Annual report on the Civil Veterinary Department, Burma (including the Insein Veterinary School) - 1932-1941
Year: 1932
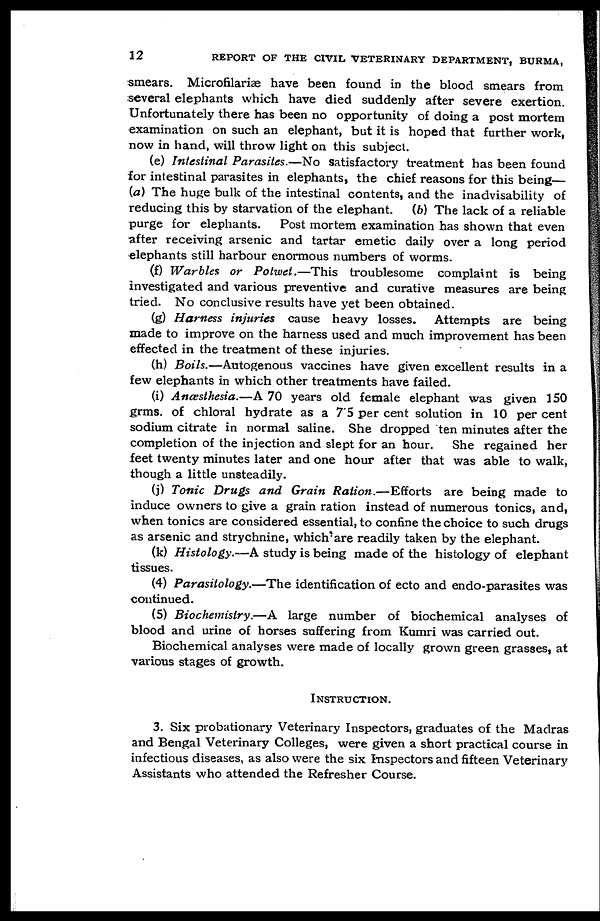
32
REPORT OF THE CIVIL VETERINARY DEPARTMENT, BURMA,
smears. Microfilariae have been found in the blood smears from
several elephants which have died suddenly after severe exertion.
Unfortunately there has been no opportunity of doing a post mortem
examination on such an elephant, but it is hoped that further work,
now in hand, will throw light on this subject.
(e) Intestinal Parasites.—No satisfactory treatment has been found
for intestinal parasites in elephants, the chief reasons for this being—
(a) The huge bulk of the intestinal contents, and the inadvisability of
reducing this by starvation of the elephant.
(6) The lack of a reliable
purge for elephants. Post mortem examination has shown that even
after receiving arsenic and tartar emetic daily over a long period
elephants still harbour enormous numbers of worms.
(f) Warbles or Potwet.—This troublesome complaint is being
investigated and various preventive and curative measures are being
tried. No conclusive results have yet been obtained.
(g) Harness injuries cause heavy losses. Attempts are being
made to improve on the harness used and much improvement has been
effected in the treatment of these injuries.
(h) Boils.—Autogenous vaccines have given excellent results in a
few elephants in which other treatments have failed.
(i) Anæsthesia.—A 70 years old female elephant was given 150
grms. of chloral hydrate as a 7'5 per cent solution in 10 per cent
sodium citrate in normal saline. She dropped ten minutes after the
completion of the injection and slept for an hour. She regained her
feet twenty minutes later and one hour after that was able to walk,
though a little unsteadily.
(j) Tonic Drugs and Grain Ration.—Efforts
are being made to
induce owners to give a grain ration instead of numerous tonics, and,
when tonics are considered essential, to confine the choice to such drugs
as arsenic and strychnine, which are readily taken by the elephant.
(k) Histology.—A study is being made of the histology of elephant
tissues.
(4) Parasitology.—The identification of ecto and endo-parasites was
continued.
(5) Biochemistry.—A large number of biochemical analyses of
blood and urine of horses suffering from Kumri was carried out.
Biochemical analyses were made of locally grown green grasses, at
various stages of growth.
INSTRUCTION..
3. Six probationary Veterinary Inspectors, graduates of the Madras
and Bengal Veterinary Colleges, were given a short practical course in
infectious diseases, as also were the six Inspectors and fifteen Veterinary
Assistants who attended the Refresher Course.